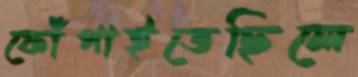
ফোঁপাইতেছিলে